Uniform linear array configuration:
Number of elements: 32
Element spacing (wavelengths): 0.75
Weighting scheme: kaiser
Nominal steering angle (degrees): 30
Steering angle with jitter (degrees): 29.724
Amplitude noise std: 0.05
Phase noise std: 0.05

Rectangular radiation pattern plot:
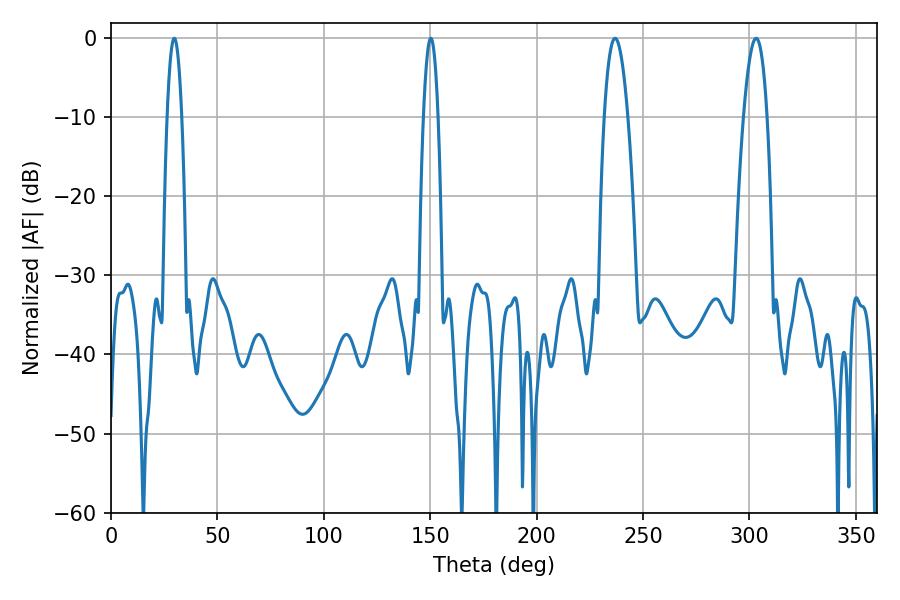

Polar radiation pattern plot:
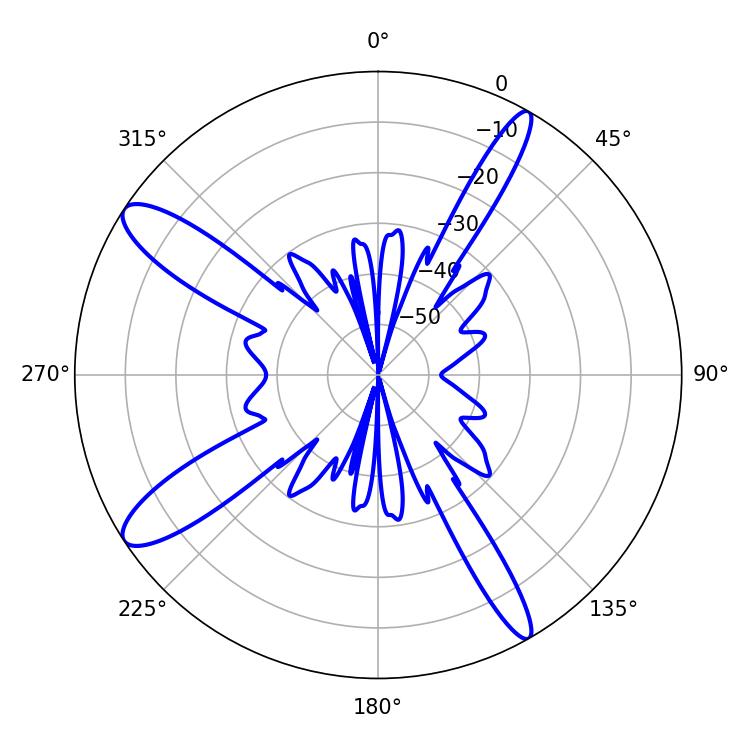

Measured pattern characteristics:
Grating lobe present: TRUE
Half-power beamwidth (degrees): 6.12
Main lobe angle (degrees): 236.88